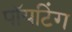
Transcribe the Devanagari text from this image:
पॉयटिंग